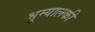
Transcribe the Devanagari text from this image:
भूम्यालकी